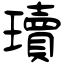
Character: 瓄